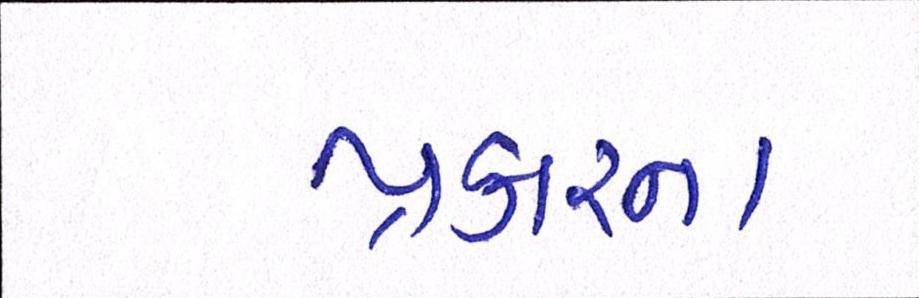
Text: પ્રકારના